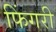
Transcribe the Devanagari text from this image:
फिंगरी